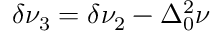
\delta \nu _ { 3 } = \delta \nu _ { 2 } - \Delta _ { 0 } ^ { 2 } \nu